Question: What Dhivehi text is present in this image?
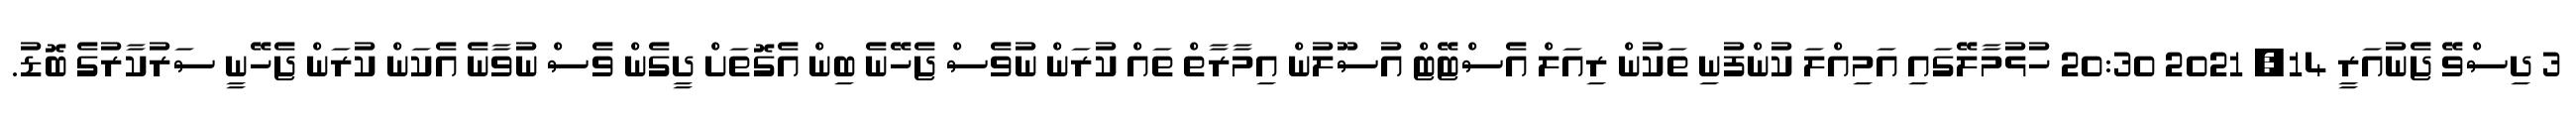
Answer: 3 ދިސްވޭ ޖެނުއަރީ 14, 2021 20:30 ހުޅުމާލޭގައި އަމިއްލަ ކުންފުނި ތަކުން ރިއަލް އެސްޓޭޓް އުސޫލުން އިމާރާތް ތައް ކުރަން ނުވެސް ޖެހޭނެ ބިން އެގޮތަށް ދީގެން ވެސް ނުވާނެ އެކަން ކުރަން ޖެހޭނީ ސަރުކާރުގެ ބޮޑު.